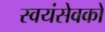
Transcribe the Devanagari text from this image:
स्‍वयंसेवको